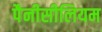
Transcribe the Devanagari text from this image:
पैनीसीलियम